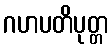
ဂဟပတိပုတ္တ